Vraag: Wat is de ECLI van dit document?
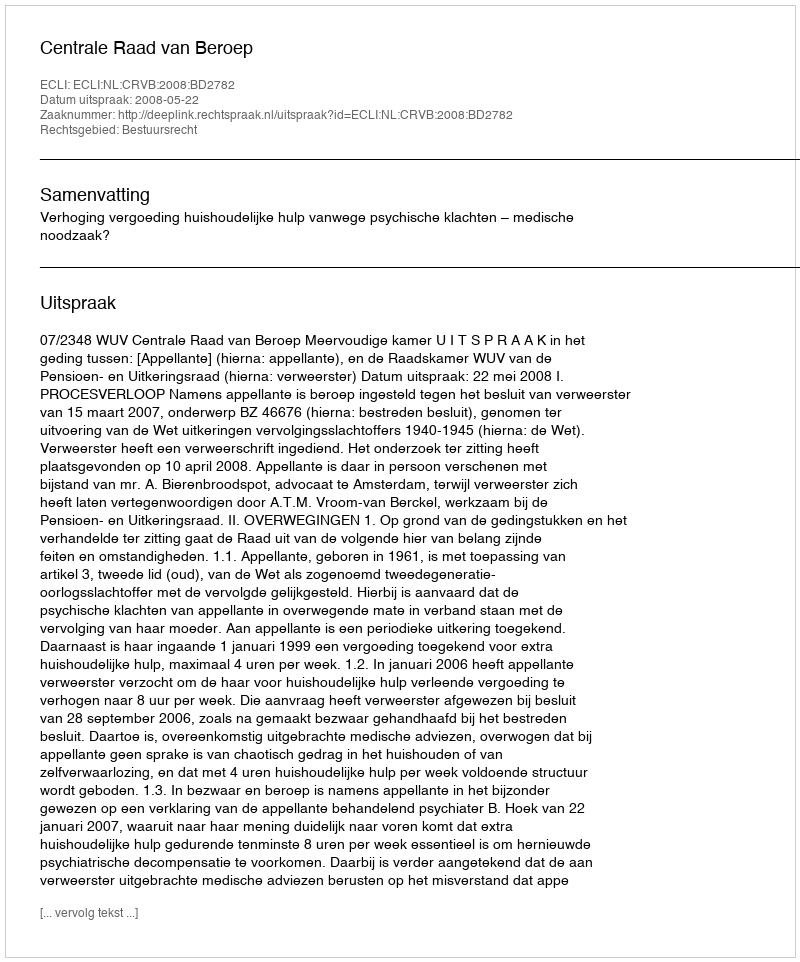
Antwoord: ECLI:NL:CRVB:2008:BD2782